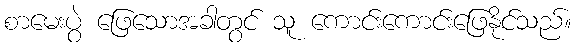
စာမေးပွဲ ဖြေသောအခါတွင် သူ ကောင်းကောင်းဖြေနိုင်သည်။